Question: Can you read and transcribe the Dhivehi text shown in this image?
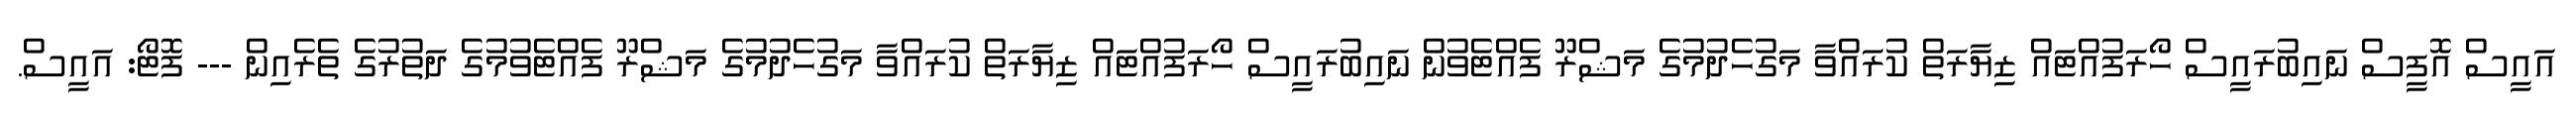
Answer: އައީސް އޮފީސް ނައިބުރައީސް ހޯރަފުއްޓައް ޒިޔާރަތް ކުރައްވާ މަގުހެދުމުގެ މަޝްރޫ ފެއްޓެވުން ނައިބުރައީސް ހޯރަފުއްޓައް ޒިޔާރަތް ކުރައްވާ މަގުހެދުމުގެ މަޝްރޫ ފެއްޓެވުމުގެ ދަތުރުގެ ތެރެއިން --- ފޮޓޯ: އައީސް.